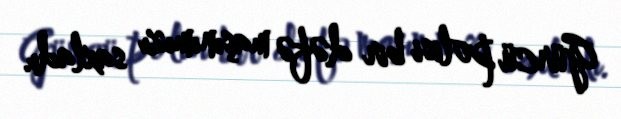
Gürcü polisi bir dəfə maşınımızı saxladı.